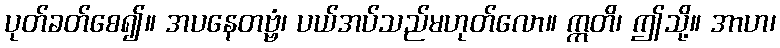
ပုတ်ခတ်စေ၍။ အပနေတဗ္ဗံ၊ ပယ်အပ်သည်မဟုတ်လော။ ဣတိ၊ ဤသို့။ အာဟ၊